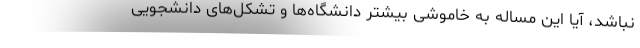
نباشد، آیا این مساله به خاموشی بیشتر دانشگاه‌ها و تشکل‌های دانشجویی